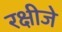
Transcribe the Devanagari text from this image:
रक्षीजे